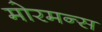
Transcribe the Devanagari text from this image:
मोरमन्स